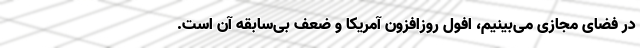
در فضای مجازی می‌بینیم، افول روزافزون آمریکا و ضعف بی‌سابقه آن است.